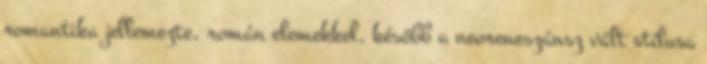
romantika jellemezte, román elemekkel, később a neoreneszánsz vált stílusa